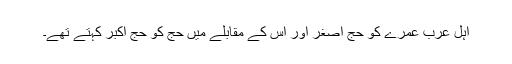
اہل عرب عمرے کو حج اصغر اور اِس کے مقابلے میں حج کو حج اکبر کہتے تھے۔